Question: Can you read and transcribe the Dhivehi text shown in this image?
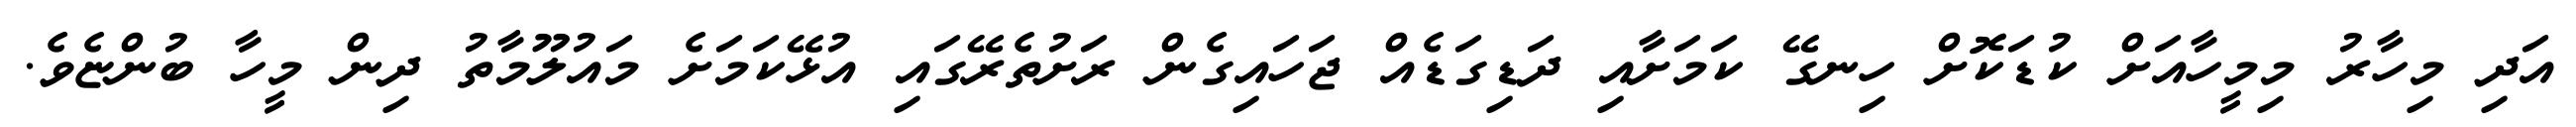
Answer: އަދި މިހާރު މިމީހާއަށް ކުޑަކޮށް ހިނގޭ ކަމަށާއި ދަޑިގަޑެއް ޖަހައިގެން ރަށުތެރޭގައި އުޅޭކަމަށެ މައުލޫމާތު ދިން މީހާ ބުންޏެވެ.